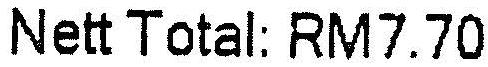
NETT TOTAL: RM7.70